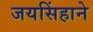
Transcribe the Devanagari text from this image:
जयसिंहाने